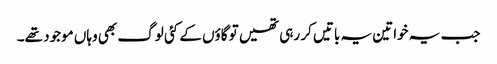
جب یہ خواتین یہ باتیں کر رہی تھیں تو گاؤں کے کئی لوگ بھی وہاں موجود تھے۔